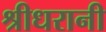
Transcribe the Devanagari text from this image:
श्रीधरानी